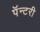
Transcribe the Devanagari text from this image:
पॅन्टरी